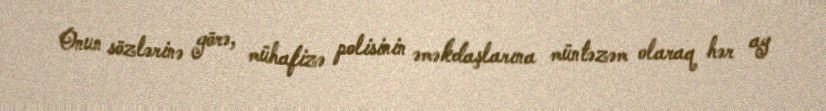
Onun sözlərinə görə, mühafizə polisinin əməkdaşlarına müntəzəm olaraq hər ay